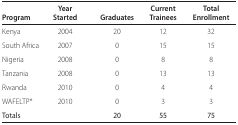
<table><thead><tr><td><b>Program</b></td><td><b>Year Started</b></td><td><b>Graduates</b></td><td><b>Current Trainees</b></td><td><b>Total Enrollment</b></td></tr></thead><tbody><tr><td>Kenya</td><td>2004</td><td>20</td><td>12</td><td>32</td></tr><tr><td>South Africa</td><td>2007</td><td>0</td><td>15</td><td>15</td></tr><tr><td>Nigeria</td><td>2008</td><td>0</td><td>8</td><td>8</td></tr><tr><td>Tanzania</td><td>2008</td><td>0</td><td>13</td><td>13</td></tr><tr><td>Rwanda</td><td>2010</td><td>0</td><td>4</td><td>4</td></tr><tr><td>WAFELTP*</td><td>2010</td><td>0</td><td>3</td><td>3</td></tr><tr><td>Totals</td><td></td><td>20</td><td>55</td><td>75</td></tr></tbody></table>